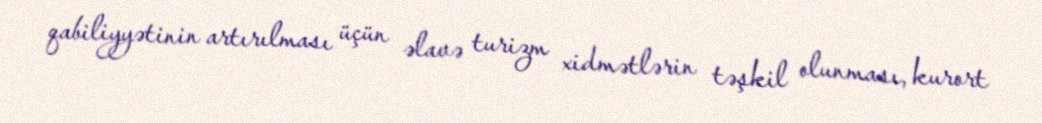
qabiliyyətinin artırılması üçün əlavə turizm xidmətlərin təşkil olunması, kurort